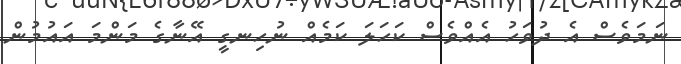
ނަމަވެސް އެ ދުވަހު އެއްވެސް ކަހަލަ ކަމެއް ނުހިނގީ އޭނާގެ މަންމަ އައުމުން